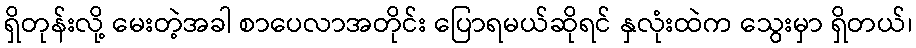
ရှိတုန်းလို့ မေးတဲ့အခါ စာပေလာအတိုင်း ပြောရမယ်ဆိုရင် နှလုံးထဲက သွေးမှာ ရှိတယ်၊